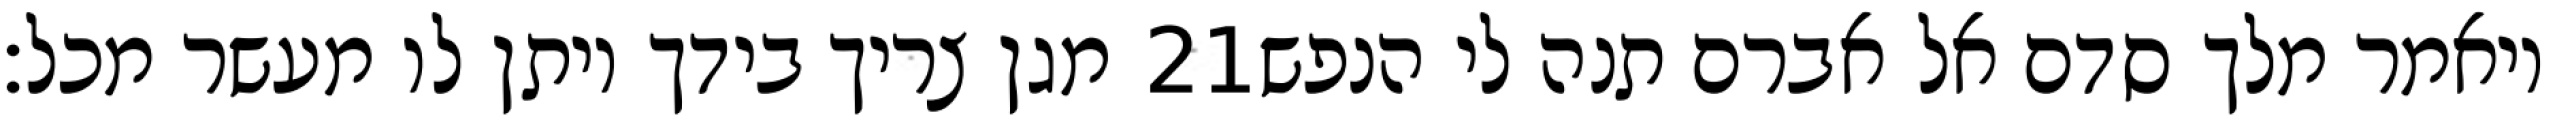
מגן צריך בידך ויתן לו מעשר מכל׃ ‎21‏ ויאמר מלך סדם אל אברם תנה לי הנפש